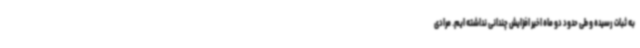
به ثبات رسیده و طی حدود دو ماه اخیر افزایش چندانی نداشته ایم. مرادی